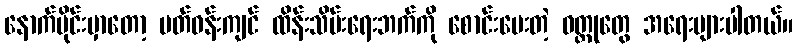
နောက်ပိုင်းမှာတော့ ပတ်ဝန်းကျင် ထိန်းသိမ်းရေးဘက်ကို စောင်းပေးတဲ့ ဝတ္ထုတွေ အရေးများပါတယ်။